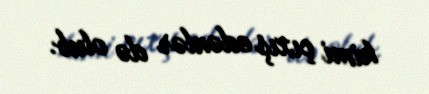
kimi çıxış edənlər də olub.